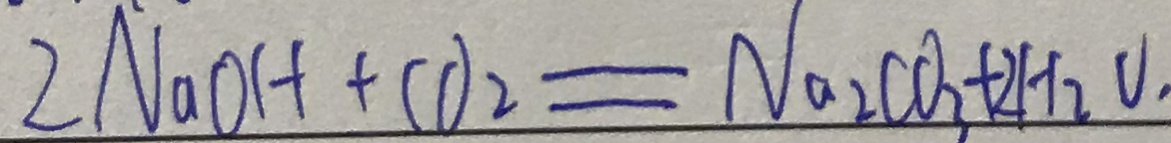
2 N a O H + C O _ { 2 } = N a _ { 2 } C O _ { 3 } + 2 H _ { 2 } O \cdot